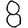
Digit: 8